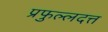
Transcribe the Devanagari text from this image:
प्रफुल्लदत्त